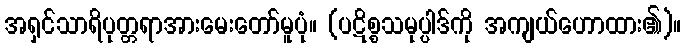
အရှင်သာရိပုတ္တရာအားမေးတော်မူပုံ။ (ပဋိစ္စသမုပ္ပါဒ်ကို အကျယ်ဟောထား၏)။